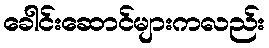
ခေါင်းဆောင်များကလည်း